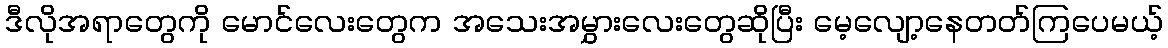
ဒီလိုအရာတွေကို မောင်လေးတွေက အသေးအမွှားလေးတွေဆိုပြီး မေ့လျော့နေတတ်ကြပေမယ့်